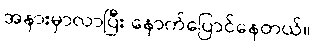
အနားမှာလာပြီး နောက်ပြောင်နေတယ်။